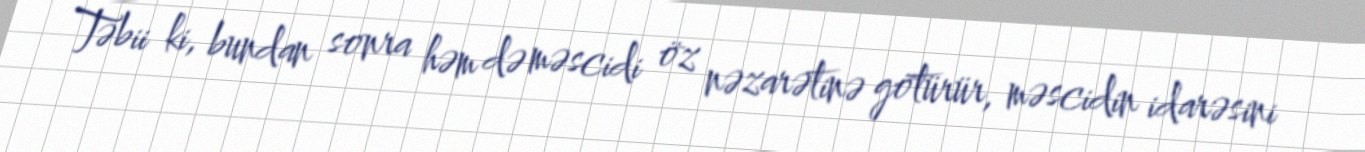
Təbii ki, bundan sonra həm də məscidi öz nəzarətinə götürür, məscidin idarəsini